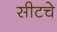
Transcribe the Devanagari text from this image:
सीटचे